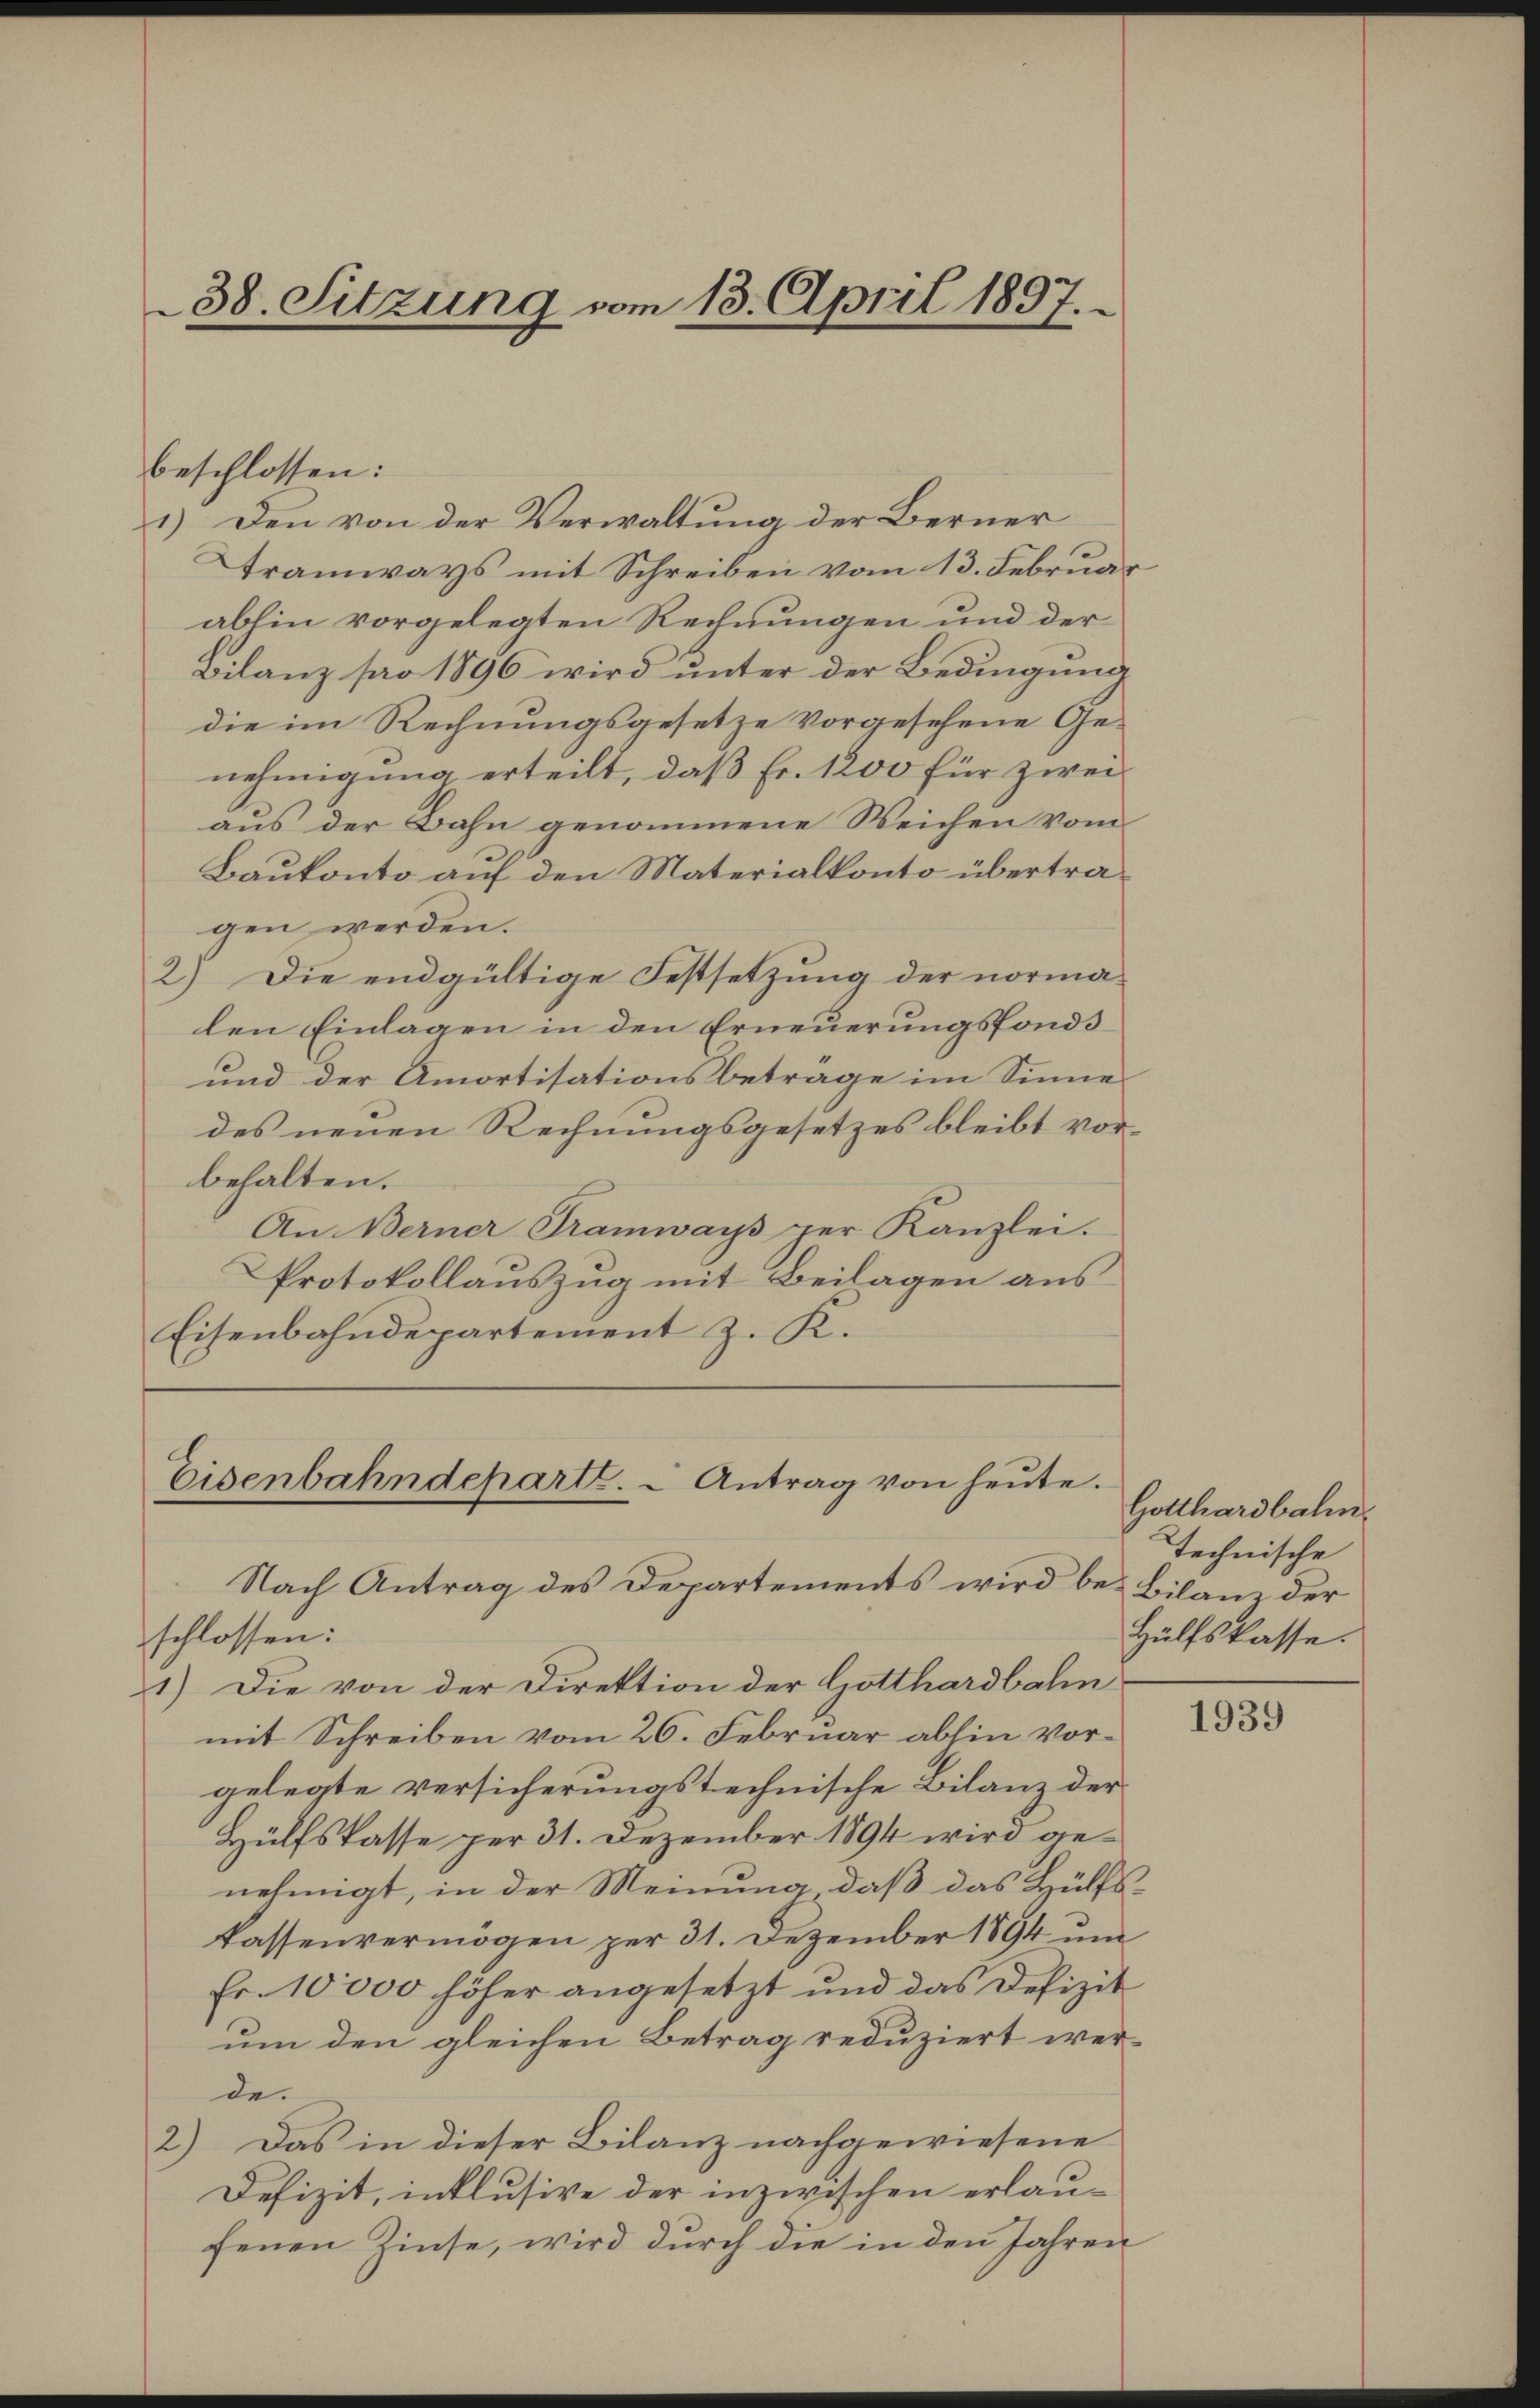
38. Sitzung vom 13. April 1897.

beschlossen:
1.) Den von der Verwaltung der Berner
Tramways mit Schreiben vom 13. Februar
ablin vorgelegten Rechnungen und der
Bilanz pro 1896 wird unter der Bedingung
die im Rechnungsgesetze vorgesehene Genehmigung erteilt, daß Fr. 1200 für zwei
aus der Bahn genommene Weichen vom
Baukonto auf den Materialkonto übertragen werden.
2) Die endgültige Festsetzung der normalen Einlagen in den Erneuerungsfonds
und der Amortisationsbetrage im Sinne
des neuen Rechnungsgesetzes bleibt vorbehalten.
An Berner Tramways per Kanzlei.
Protokollauszug mit Beilagen aus
Eisenbahndepartement z. K.

Eisenbahndeparte. - Antrag von heŭte.

Nach Antrag des Departements wird bei Bilanz der
schlossen:
1.) Die von der Direktion der Gotthardbahn
mit Schreiben vom 26. Februar abhin vorgelegte versicherungstechnische Bilanz der
Hülfskasse per 31. Dezember 1894 wird genehmigt, in der Meinung, daß das Hülfskassenvermögen zur 31. Dezember 1894 un
Fr. 10000 höher angesetzt und das Defizit
um den gleichen Betrag reduziert werde.
2) Das in dieser Bilanz nachgewiesene
Defizit, inklusive der inzwischen erlaufenen Zinse, wird durch die in den Jahren

Gotthardbahn.
technische
Hülfskasse.

1939